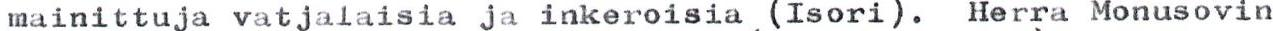
mainittuja vatjalaisia ja inkeroisia (Isori). Herra Monusovin